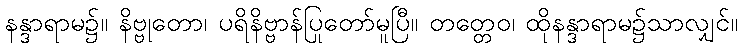
နန္ဒာရာမ၌။ နိဗ္ဗုတော၊ ပရိနိဗ္ဗာန်ပြုတော်မူပြီ။ တတ္တေဝ၊ ထိုနန္ဒာရာမ၌သာလျှင်။